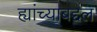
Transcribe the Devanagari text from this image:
ह्यांच्याबद्दल